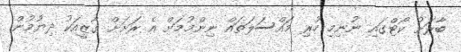
ބާރަށު ކޯޓްގައި ނުނިމި ހުރި މައްސަލަތައް ނިންމުމަށް އެ ރަށަށް ގާޒީއަކު ދިޔުމުން